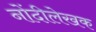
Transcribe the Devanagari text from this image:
नोंदीलेखक